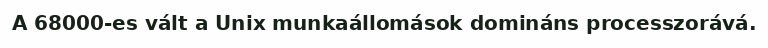
A 68000-es vált a Unix munkaállomások domináns processzorává.